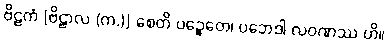
ဗိဠကံ [ဗိဠာလ (က.)] စေတိ ပဉ္စေတေ၊ ပဘေဒါ လဝဏဿ ဟိ။